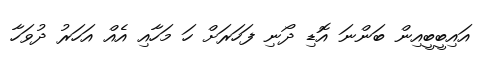
އައިބީބީއިން ބަންނަ އޮޑި ދޯނި ފަހަރަށް ހަ މަހާއި އެއް އަހަރު ދުވަހާ